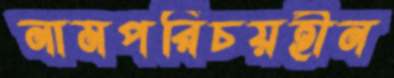
নামপরিচয়হীন